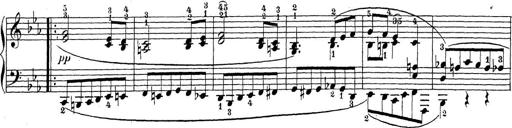
Title: Sonatina Album
Composer: Louis KÃ¶hler